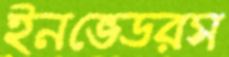
ইনভেডরস